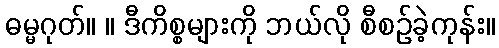
ဓမ္မဂုတ်။ ။ ဒီကိစ္စများကို ဘယ်လို စီစဉ်ခဲ့ကုန်း။